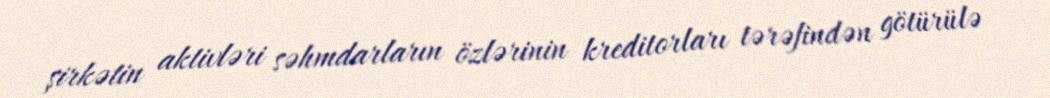
şirkətin aktivləri səhmdarların özlərinin kreditorları tərəfindən götürülə